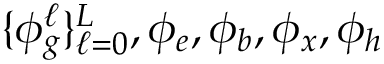
\{ \phi _ { g } ^ { \ell } \} _ { \ell = 0 } ^ { L } , \phi _ { e } , \phi _ { b } , \phi _ { x } , \phi _ { h }